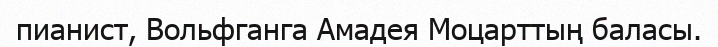
пианист, Вольфганга Амадея Моцарттың баласы.